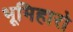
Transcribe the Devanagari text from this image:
भूमिहारो